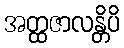
အတ္ထဇာလန္တိပိ